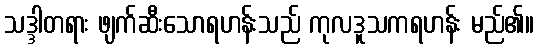
သဒ္ဒါတရား ဖျက်ဆီးသောရဟန်းသည် ကုလဒူသကရဟန်း မည်၏။